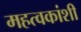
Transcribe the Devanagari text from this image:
महत्वकांशी